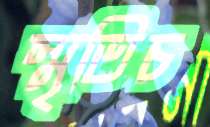
স্মৃতিচ